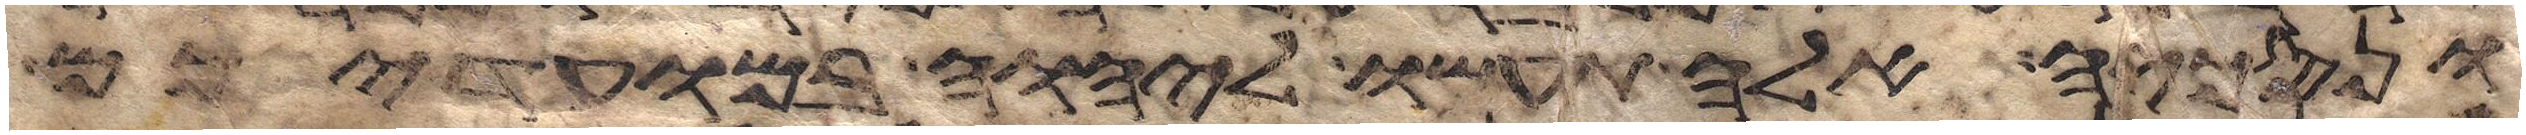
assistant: ונסכיה אלה תעשו ליהוה במועדיכם